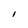
Character: I